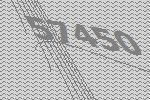
57450